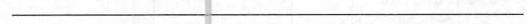
___